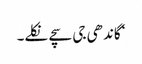
‘ گاندھی جی سچے نکلے۔